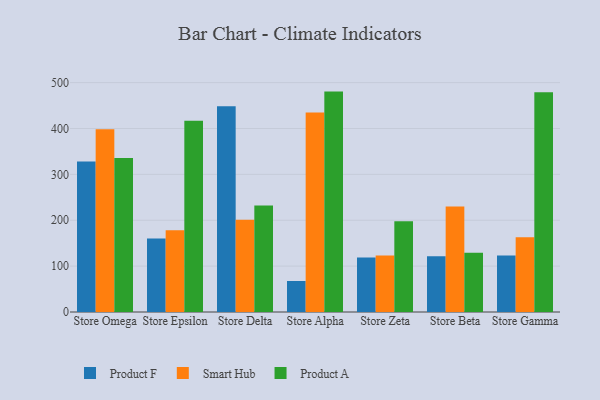
{"axis": {"x": "Store", "y": "Production Output"}, "legend": ["Product A", "Product F", "Smart Hub"], "data": [{"x": "Store Omega", "y": 328.0, "type": "Product F"}, {"x": "Store Omega", "y": 398.4, "type": "Smart Hub"}, {"x": "Store Omega", "y": 335.5, "type": "Product A"}, {"x": "Store Epsilon", "y": 160.2, "type": "Product F"}, {"x": "Store Epsilon", "y": 178.4, "type": "Smart Hub"}, {"x": "Store Epsilon", "y": 416.7, "type": "Product A"}, {"x": "Store Delta", "y": 448.6, "type": "Product F"}, {"x": "Store Delta", "y": 201.3, "type": "Smart Hub"}, {"x": "Store Delta", "y": 232.4, "type": "Product A"}, {"x": "Store Alpha", "y": 67.6, "type": "Product F"}, {"x": "Store Alpha", "y": 434.6, "type": "Smart Hub"}, {"x": "Store Alpha", "y": 480.4, "type": "Product A"}, {"x": "Store Zeta", "y": 118.7, "type": "Product F"}, {"x": "Store Zeta", "y": 123.4, "type": "Smart Hub"}, {"x": "Store Zeta", "y": 197.6, "type": "Product A"}, {"x": "Store Beta", "y": 121.7, "type": "Product F"}, {"x": "Store Beta", "y": 229.9, "type": "Smart Hub"}, {"x": "Store Beta", "y": 129.3, "type": "Product A"}, {"x": "Store Gamma", "y": 123.2, "type": "Product F"}, {"x": "Store Gamma", "y": 162.9, "type": "Smart Hub"}, {"x": "Store Gamma", "y": 479.2, "type": "Product A"}]}